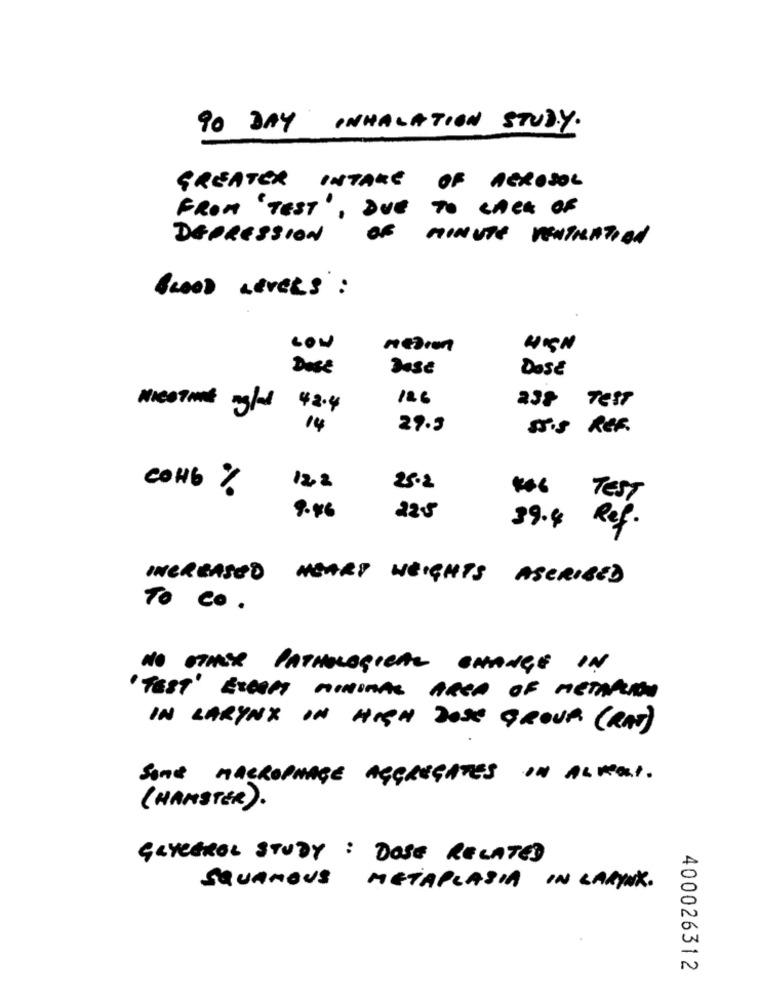
90 DAY INHALATION STUDY.
GREATER INTAKE OF AEROSOL
FROM 'TEST', DUE TO LACK OF
DEPRESSION
OF MINUTE VENTILATION
Gwood nevers :
CON
HIGH
DasE
DasE
DOSE
126
238 Test
NICOTINE
42.4
14
29.3
sis REF.
CON6 %
122
25.2
*** TEST
9.46
225
39.4 Ref.
INCREASED HEART HEIGHTS ASCRIBED
To Co.
NO STALY PATHOLOGICAL CHANGE IN
"TEST" EXCEPT MINIMAL AREA OF METAPCION
IN LARYNX IN HIGH JOSE GROUP (RAT)
SOME MACROPHAGE AGGREGATES IN ALKOI.
( HAMSTER ).
GLYCEROL STUDY : DOSE RELATED
SQUAMOUS METAPLASIA IN LARIX.
400026312